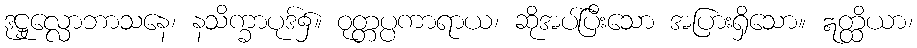
ဒုဋ္ဌုလ္လောဘာသနေ၊ နသိက္ခာပုဒ်၌။ ဝုတ္တပ္ပကာရာယ၊ ဆိုအပ်ပြီးသော အပြားရှိသော။ ဣတ္ထိယာ၊